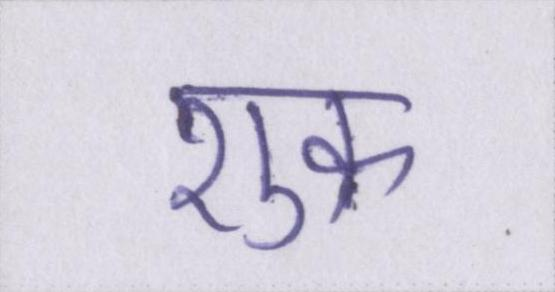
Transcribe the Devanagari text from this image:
शुक्र